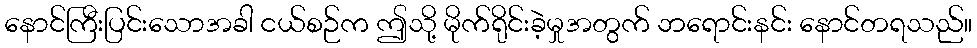
နောင်ကြီးပြင်းသောအခါ ငယ်စဉ်က ဤသို့ မိုက်ရိုင်းခဲ့မှုအတွက် ဘရောင်းနင်း နောင်တရသည်။